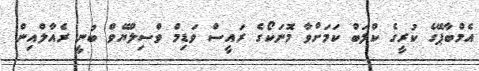
އެމްބާޕޭގެ ކުރީގެ ކްލަބް ކަމަށްވާ މޮނަކޯގެ ރައީސް ވަޑިމް ވްސިލްޔޭވް ބުނީ ރެއާލްއިން